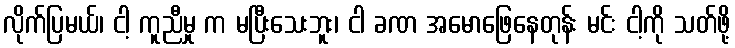
လိုက်ပြမယ်၊ ငါ့ ကူညီမှု က မပြီးသေးဘူး၊ ငါ ခဏ အမောဖြေနေတုန်း မင်း ငါ့ကို သတ်ဖို့